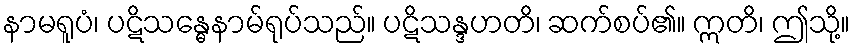
နာမရူပံ၊ ပဋိသန္ဓေနာမ်ရုပ်သည်။ ပဋိသန္ဒဟတိ၊ ဆက်စပ်၏။ ဣတိ၊ ဤသို့။